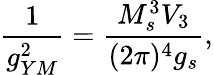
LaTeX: \frac{1}{g_{YM}^{2}}=\frac{M_{s}^{3}V_{3}}{(2\pi)^{4}g_{s}},